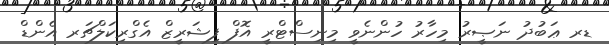
ޑރ ޢަބުދު ނަޞީރު މިހާރު ހުންނެވީ މިނިސްޓްރީ އޮފް ފިޝަރީޒް އެގްރިކަލްޗަރ އެންޑް